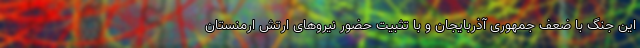
این جنگ با ضعف جمهوری آذربایجان و با تثبیت حضور نیروهای ارتش ارمنستان